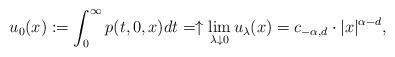
LaTeX: \begin{align*}u_0(x):=\int_0^\infty p(t,0,x)dt=\uparrow \lim_{\lambda \downarrow 0} u_\lambda(x)=c_{-\alpha,d}\cdot |x|^{\alpha-d},\end{align*}